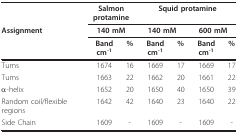
<table><thead><tr><td></td><td colspan="2"><b>Salmon protamine</b></td><td colspan="4"><b>Squid protamine</b></td></tr><tr><td><b>Assignment</b></td><td colspan="2"><b>140 mM</b></td><td colspan="2"><b>140 mM</b></td><td colspan="2"><b>600 mM</b></td></tr><tr><td></td><td><b>Band cm<sup>-1</sup></b></td><td><b>%</b></td><td><b>Band cm<sup>-1</sup></b></td><td><b>%</b></td><td><b>Band cm<sup>-1</sup></b></td><td><b>%</b></td></tr></thead><tbody><tr><td>Turns</td><td>1674</td><td>16</td><td>1669</td><td>17</td><td>1669</td><td>17</td></tr><tr><td>Turns</td><td>1663</td><td>22</td><td>1662</td><td>20</td><td>1661</td><td>22</td></tr><tr><td>α-helix</td><td>1652</td><td>20</td><td>1650</td><td>40</td><td>1650</td><td>39</td></tr><tr><td>Random coil/flexible regions</td><td>1642</td><td>42</td><td>1640</td><td>23</td><td>1640</td><td>22</td></tr><tr><td>Side Chain</td><td>1609</td><td>-</td><td>1609</td><td>-</td><td>1609</td><td>-</td></tr></tbody></table>